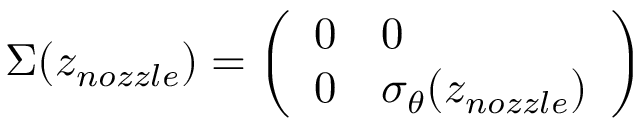
\Sigma ( z _ { n o z z l e } ) = \left( \begin{array} { l l } { 0 } & { 0 } \\ { 0 } & { \sigma _ { \theta } ( z _ { n o z z l e } ) } \end{array} \right)